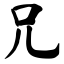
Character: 兄